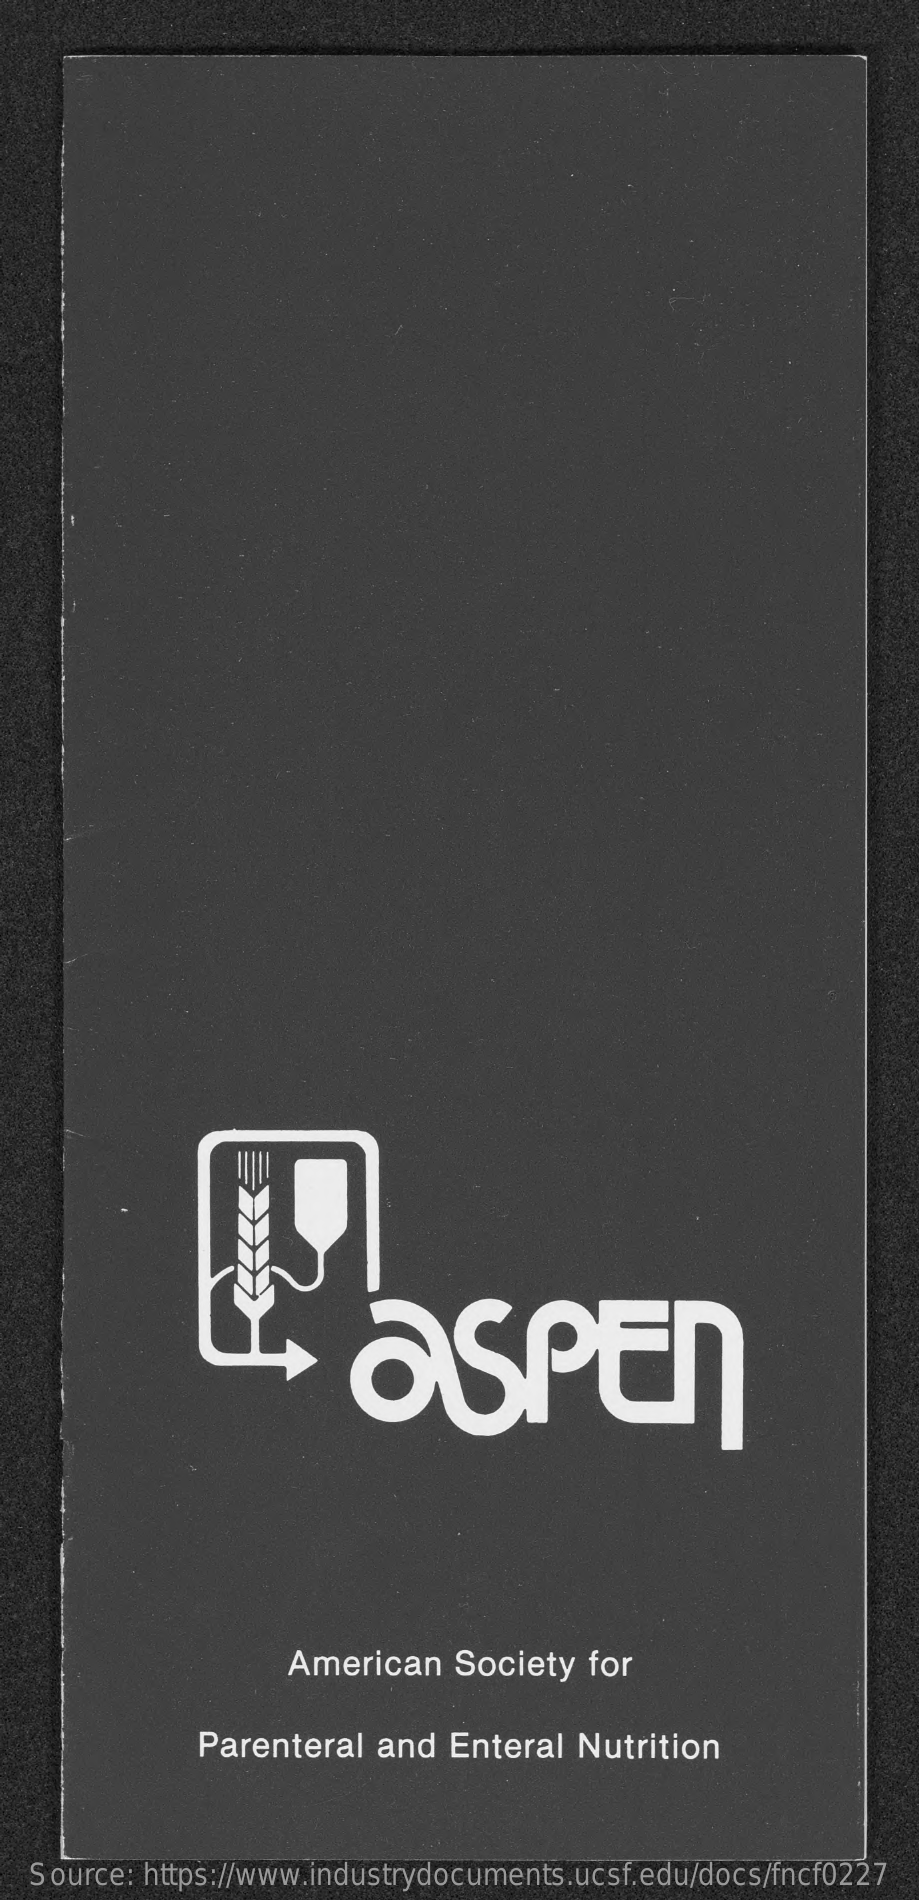
aspEn
     American   Society  for
     Parenteral  and  Enteral  Nutrition
   Source: https://www.industrydocuments.ucsf.edu/docs/fncf0227